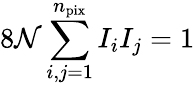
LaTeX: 8\mathcal{N}\sum_{i,j=1}^{n_{\mathrm{pix}}}I_{i}I_{j}=1